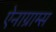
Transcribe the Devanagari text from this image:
ऐनाग्राम्स